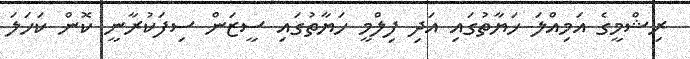
ރިޝްމީގެ އަމިއްލަ ހަޔާތުގައި އަދި ފިލްމީ ހަޔާތުގައި ސީޒަން ސިފަކުރާނީ ކޮން ކަހަލަ